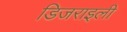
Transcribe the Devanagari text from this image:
डिजराइली